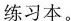
练习本。